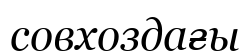
совхоздағы